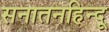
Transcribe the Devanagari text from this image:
सनातनहिन्दू